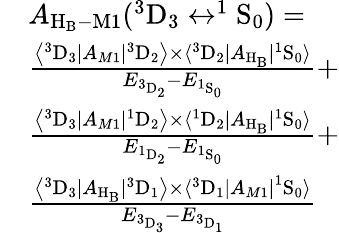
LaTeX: \begin{array}{rl}&{A_{\mathrm{H_{B}}-\mathrm{M}1}(^{3}\mathrm{D}_{3}\leftrightarrow^{1}\mathrm{S}_{0})=}\\ &{\frac{\left\langle^3\mathrm{D}_{3}\left|A_{M1}\right|{^3\mathrm{D}_{2}}\right\rangle\times\langle^{3}\mathrm{D}_{2}|A_{\mathrm{H_{B}}}|^{1}\mathrm{S}_{0}\rangle}{E_{^3\mathrm{D}_{2}}-E_{^1\mathrm{S}_{0}}}+}\\ &{\frac{\left\langle^3\mathrm{D}_{3}\left|A_{M1}\right|{^1\mathrm{D}_{2}}\right\rangle\times\langle^{1}\mathrm{D}_{2}|A_{\mathrm{H_{B}}}|^{1}\mathrm{S}_{0}\rangle}{E_{^1\mathrm{D}_{2}}-E_{^1\mathrm{S}_{0}}}+}\\ &{\frac{\left\langle^3\mathrm{D}_{3}|A_{\mathrm{H_{B}}}|{^3\mathrm{D}_{1}}\right\rangle\times\langle{^3\mathrm{D}_{1}}\left|A_{M1}\right|^{1}\mathrm{S}_{0}\rangle}{E_{^3\mathrm{D}_{3}}-E_{^3\mathrm{D}_{1}}}}\end{array}